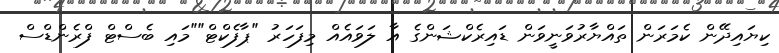
ކިޔައިދޭން ކެމަރަން ތައްޔާރުވަނީވަން ޑައިރެކްޝަންގެ އާ ލަވައެއް މިފަހަރު "ޕާފެކްޓް""މައި ބެސްޓް ފްރެންޑްސް